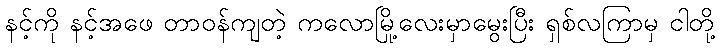
နင့်ကို နင့်အဖေ တာဝန်ကျတဲ့ ကလောမြို့လေးမှာမွေးပြီး ရှစ်လကြာမှ ငါတို့